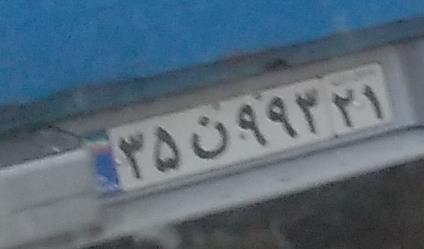
۳۵ن۹۹۳۲۱